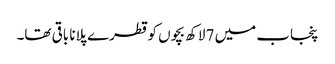
پنجاب میں 7 لاکھ بچوں کو قطرے پلانا باقی تھا۔